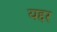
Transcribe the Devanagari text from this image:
यद्दर